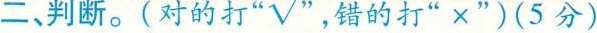
二、判断。(对的打“√”，错的打“” ×”)(5分)